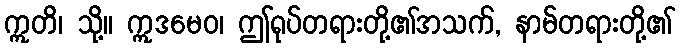
ဣတိ၊ သို့။ ဣဒမေဝ၊ ဤရုပ်တရားတို့၏အသက်, နာမ်တရားတို့၏